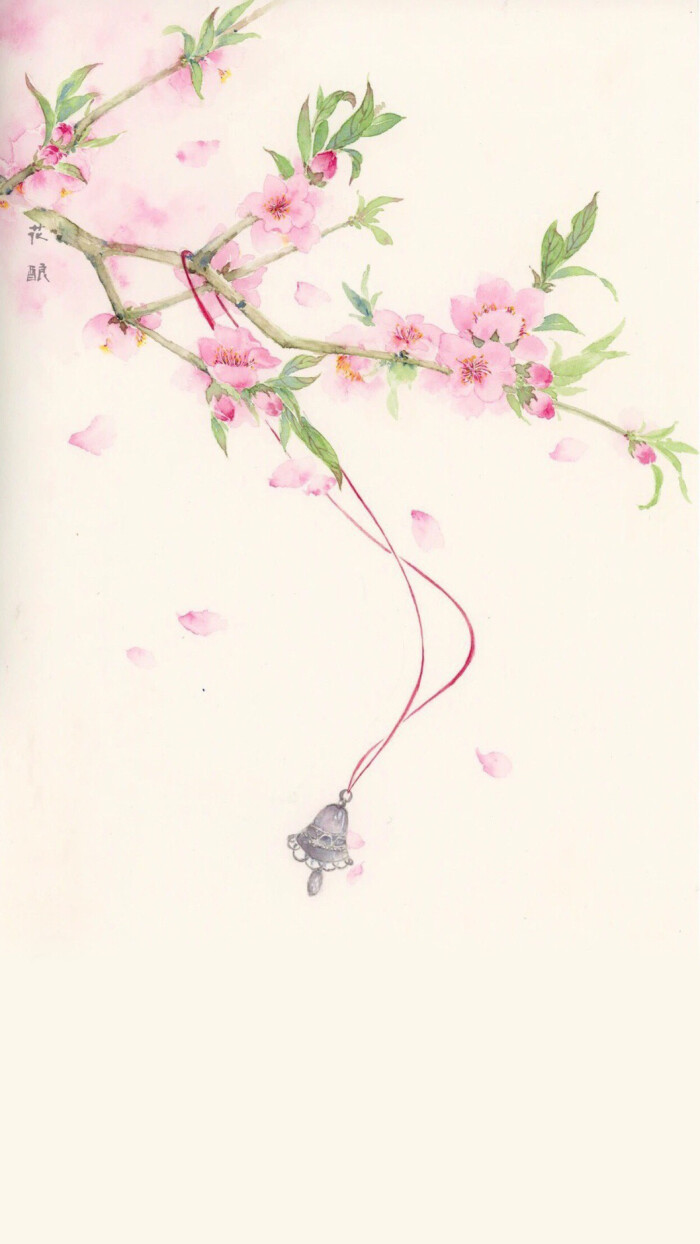
桐叶落，蓼花残。雁声天外寒。